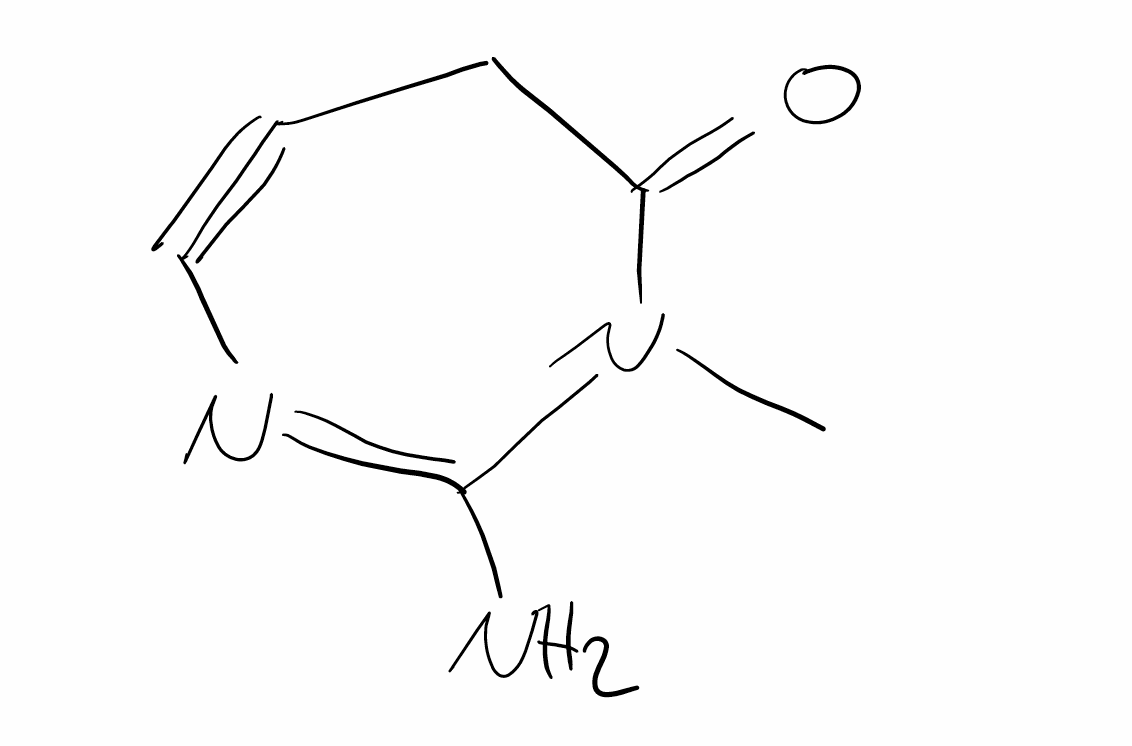
Simplified molecular-input line-entry system (SMILES) notation of the given molecule:
CN1C(=O)CC#CN=C1N